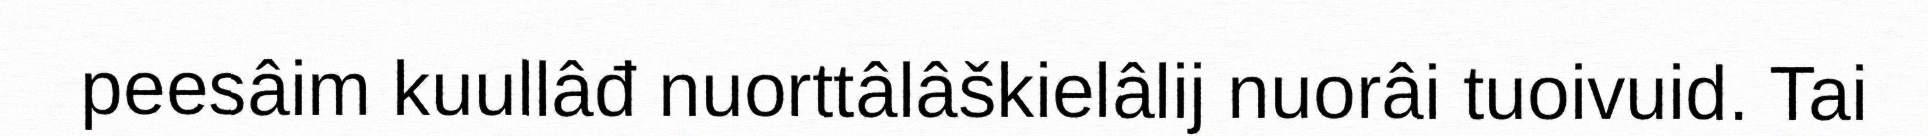
peesâim kuullâđ nuorttâlâškielâlij nuorâi tuoivuid. Tai